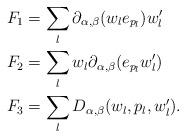
LaTeX: \begin{align*}F_{1} & =\sum_{l}\partial_{\alpha,\beta}(w_{l}e_{p_{l}})w'_{l}\\F_{2} & =\sum_{l}w_{l}\partial_{\alpha,\beta}(e_{p_{l}}w'_{l})\\F_{3} & =\sum_{l}D_{\alpha,\beta}(w_{l},p_{l},w'_{l}).\end{align*}